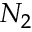
N _ { 2 }